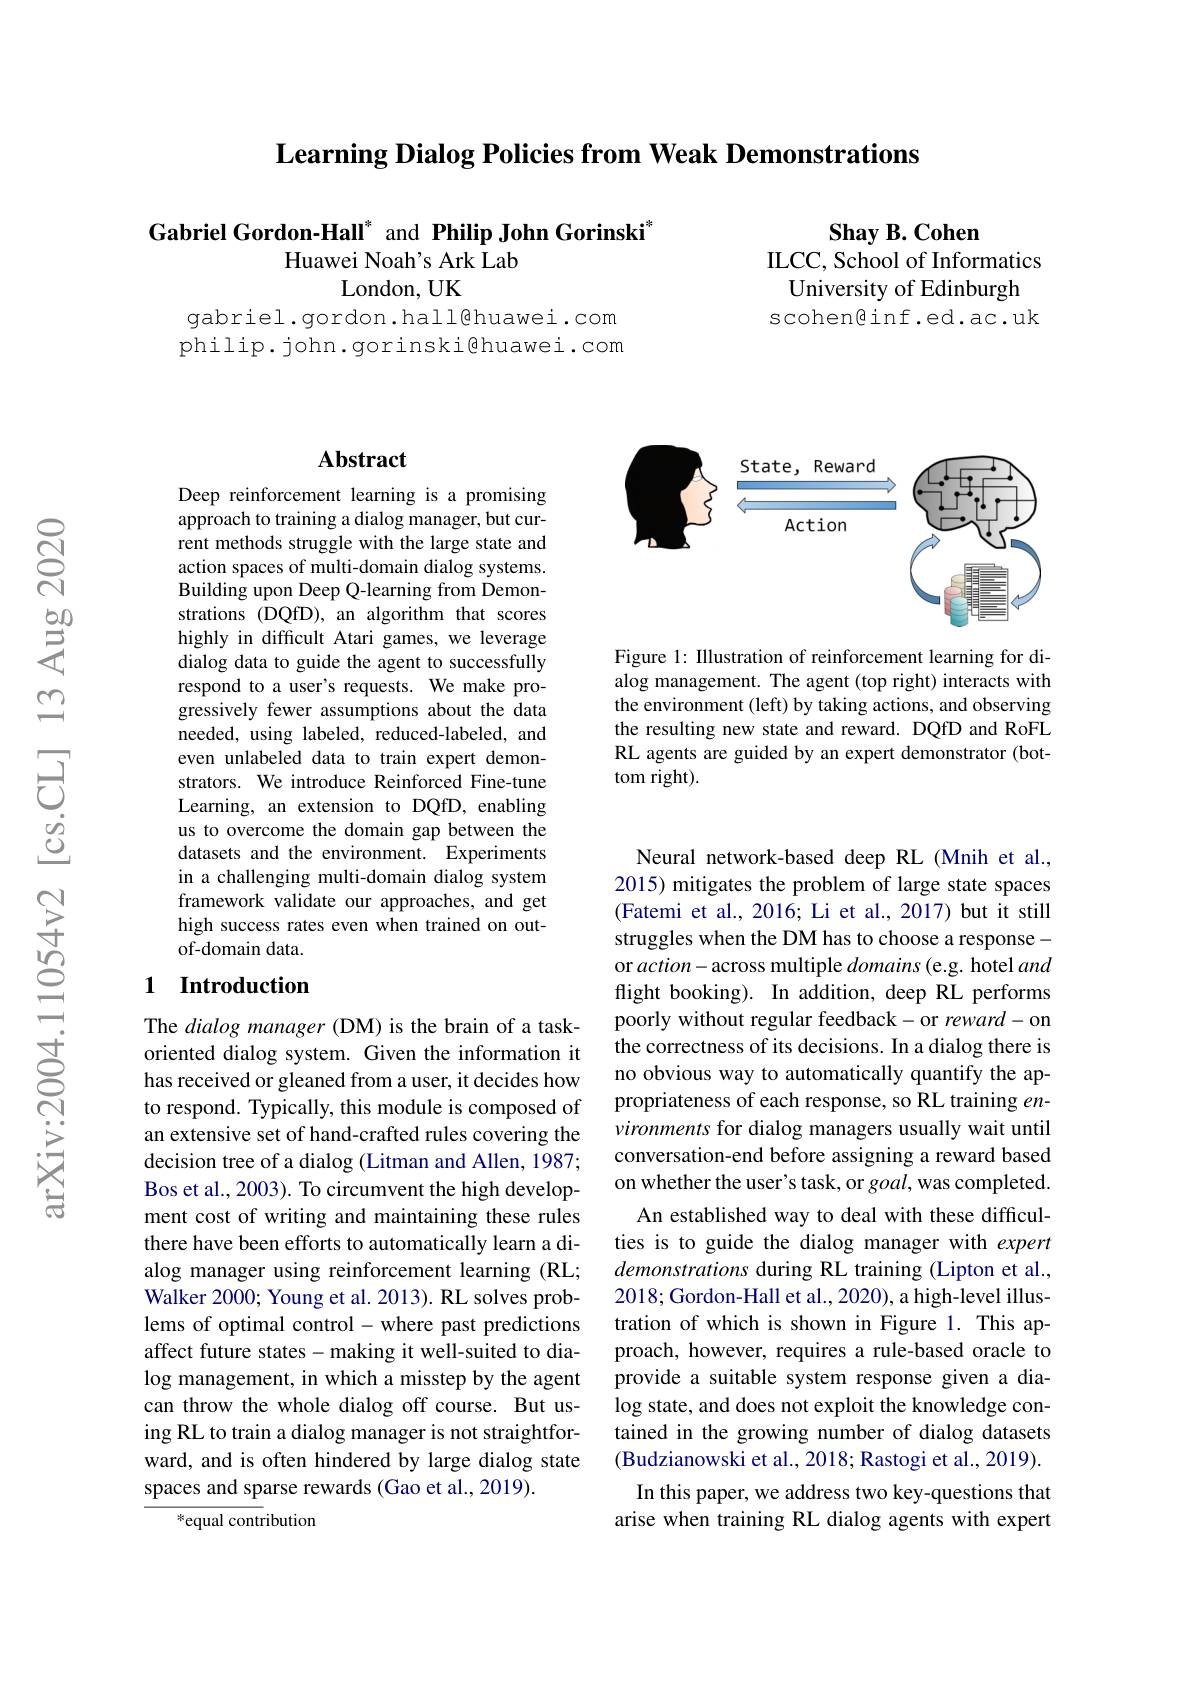
$\textbf{Learning Dialog Policies from Weak Demonstrations}$

$\textbf{Shay B. Cohen}$
ILCC, School of Informatics
University of Edinburgh scohen@inf.ed.ac.uk

## Gabriel Gordon-Hall" and Philip John Gorinski" Huawei Noah's Ark Lab London, UK

gabriel.gordon.hall@huawei.com philip. john. gorinski@huawei.com

### $\mathbf{Abstract}$

Deep reinforcement learning is a promising approach to training a dialog manager, but current methods struggle with the large state and action spaces of multi-domain dialog systems. Building upon Deep Q-learning from Demonstrations (DQfD), an algorithm that scores highly in difficult Atari games, we leverage dialog data to guide the agent to successfully respond to a user's requests. We make progressively fewer assumptions about the data needed, using labeled, reduced-labeled, and even unlabeled data to train expert demonstrators. We introduce Reinforced Fine-tune Learning, an extension to DQfD, enabling us to overcome the domain gap between the datasets and the environment. Experiments in a challenging multi-domain dialog system framework validate our approaches, and get high success rates even when trained on outof-domain data.

### 1 Introduction

The dialog manager (DM) is the brain of a taskoriented dialog system. Given the information it has received or gleaned from a user, it decides how to respond. Typically, this module is composed of an extensive set of hand-crafted rules covering the decision tree of a dialog (Litman and Allen, 1987; Bos et al., 2003). To circumvent the high development cost of writing and maintaining these rules there have been efforts to automatically learn a dialog manager using reinforcement learning (RL; Walker 2000; Young et al. 2013). RL solves problems of optimal control- where past predictions affect future states- making it well-suited to dialog management, in which a misstep by the agent can throw the whole dialog off course. But using RL to train a dialog manager is not straightforward, and is often hindered by large dialog state spaces and sparse rewards (Gao et al.,2019).
${}^{*}{\mathrm{equal~contribution}}$

<FigureHere>

Figure 1: Illustration of reinforcement learning for dialog management. The agent (top right) interacts with the environment (left) by taking actions, and observing the resulting new state and reward. DQfD and RoFL RL agents are guided by an expert demonstrator (bottom right).

Neural network-based deep RL (Mnih et al., 2015) mitigates the problem of large state spaces (Fatemi et al., 2016; Li et al., 2017) but it still struggles when the DM has to choose a response - or action- across multiple domains (e.g. hotel and flight booking). In addition, deep RL performs poorly without regular feedback- or reward- on the correctness of its decisions. In a dialog there is no obvious way to automatically quantify the appropriateness of each response, so RL training $en-$ vironments for dialog managers usually wait until conversation-end before assigning a reward based on whether the user's task, or $goal$,was completed. An established way to deal with these difficul-
ties is to guide the dialog manager with expert demonstrations during RL training (Lipton et al., 2018; Gordon-Hall et al., 2020), a high-level illustration of which is shown in Figure 1. This approach, however, requires a rule-based oracle to provide a suitable system response given a dialog state, and does not exploit the knowledge contained in the growing number of dialog datasets (Budzianowski et al., 2018; Rastogi et al., 2019). In this paper, we address two key-questions that
arise when training RL dialog agents with expert